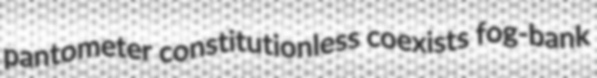
pantometer constitutionless coexists fog-bank